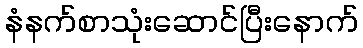
နံနက်စာသုံးဆောင်ပြီးနောက်